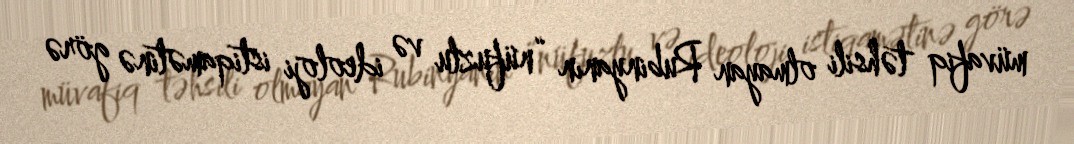
müvafiq təhsili olmayan Rubinyanın “nüfuzlu və ideoloji istiqamətinə görə